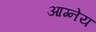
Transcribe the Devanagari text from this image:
आग्‍नेय